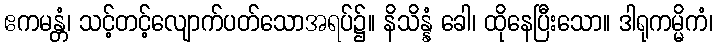
ဧကမန္တံ၊ သင့်တင့်လျောက်ပတ်သောအရပ်၌။ နိသိန္နံ ခေါ၊ ထိုနေပြီးသော။ ဒါရုကမ္မိကံ၊